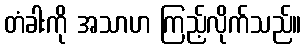
တံခါးကို အသာဟ ကြည့်လိုက်သည်။